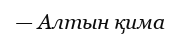
— Алтын қима